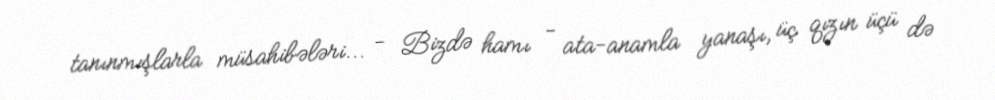
tanınmışlarla müsahibələri... - Bizdə hamı - ata-anamla yanaşı, üç qızın üçü də